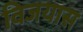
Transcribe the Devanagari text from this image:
विजयास